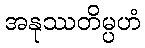
အနုဿတိမ္ပဟံ